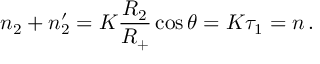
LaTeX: n _ { 2 } + n _ { 2 } ^ { \prime } = K \frac { R _ { 2 } } { R _ { + } } \cos \theta = K \tau _ { 1 } = n \, .